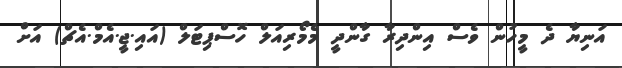
އަނިޔާ ދެ މީހުން ވެސް އިންދިރާ ގާންދީ މެމޯރިއަލް ހޮސްޕިޓަލް (އައި.ޖީ.އެމް.އެޗް) އަށް